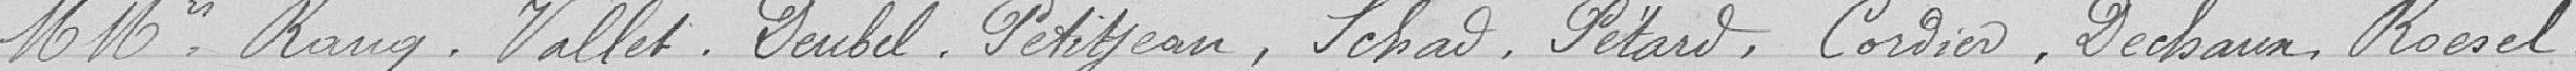
MMrs Rang, Vallet, Deubel, Petitjean, Schad, Pétard, Cordier, Déchaux, Roesel